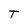
Character: T